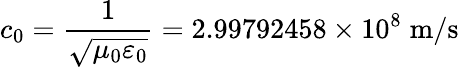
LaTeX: c_{0}={\frac{1}{\sqrt{\mu_{0}\varepsilon_{0}}}}=2.99792458\times 10^{8}\; {\textrm{m/s}}